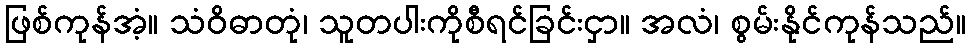
ဖြစ်ကုန်အံ့။ သံဝိဓာတုံ၊ သူတပါးကိုစီရင်ခြင်းငှာ။ အလံ၊ စွမ်းနိုင်ကုန်သည်။